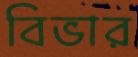
বিভার